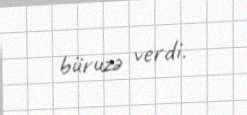
büruzə verdi.